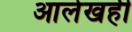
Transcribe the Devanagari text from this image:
आलेखही